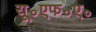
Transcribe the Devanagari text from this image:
यू॰एफ॰ए॰